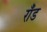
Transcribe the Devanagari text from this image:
राँड